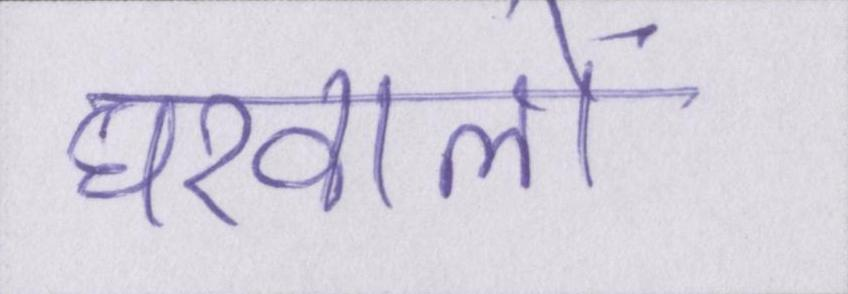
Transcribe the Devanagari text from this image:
घरवालों